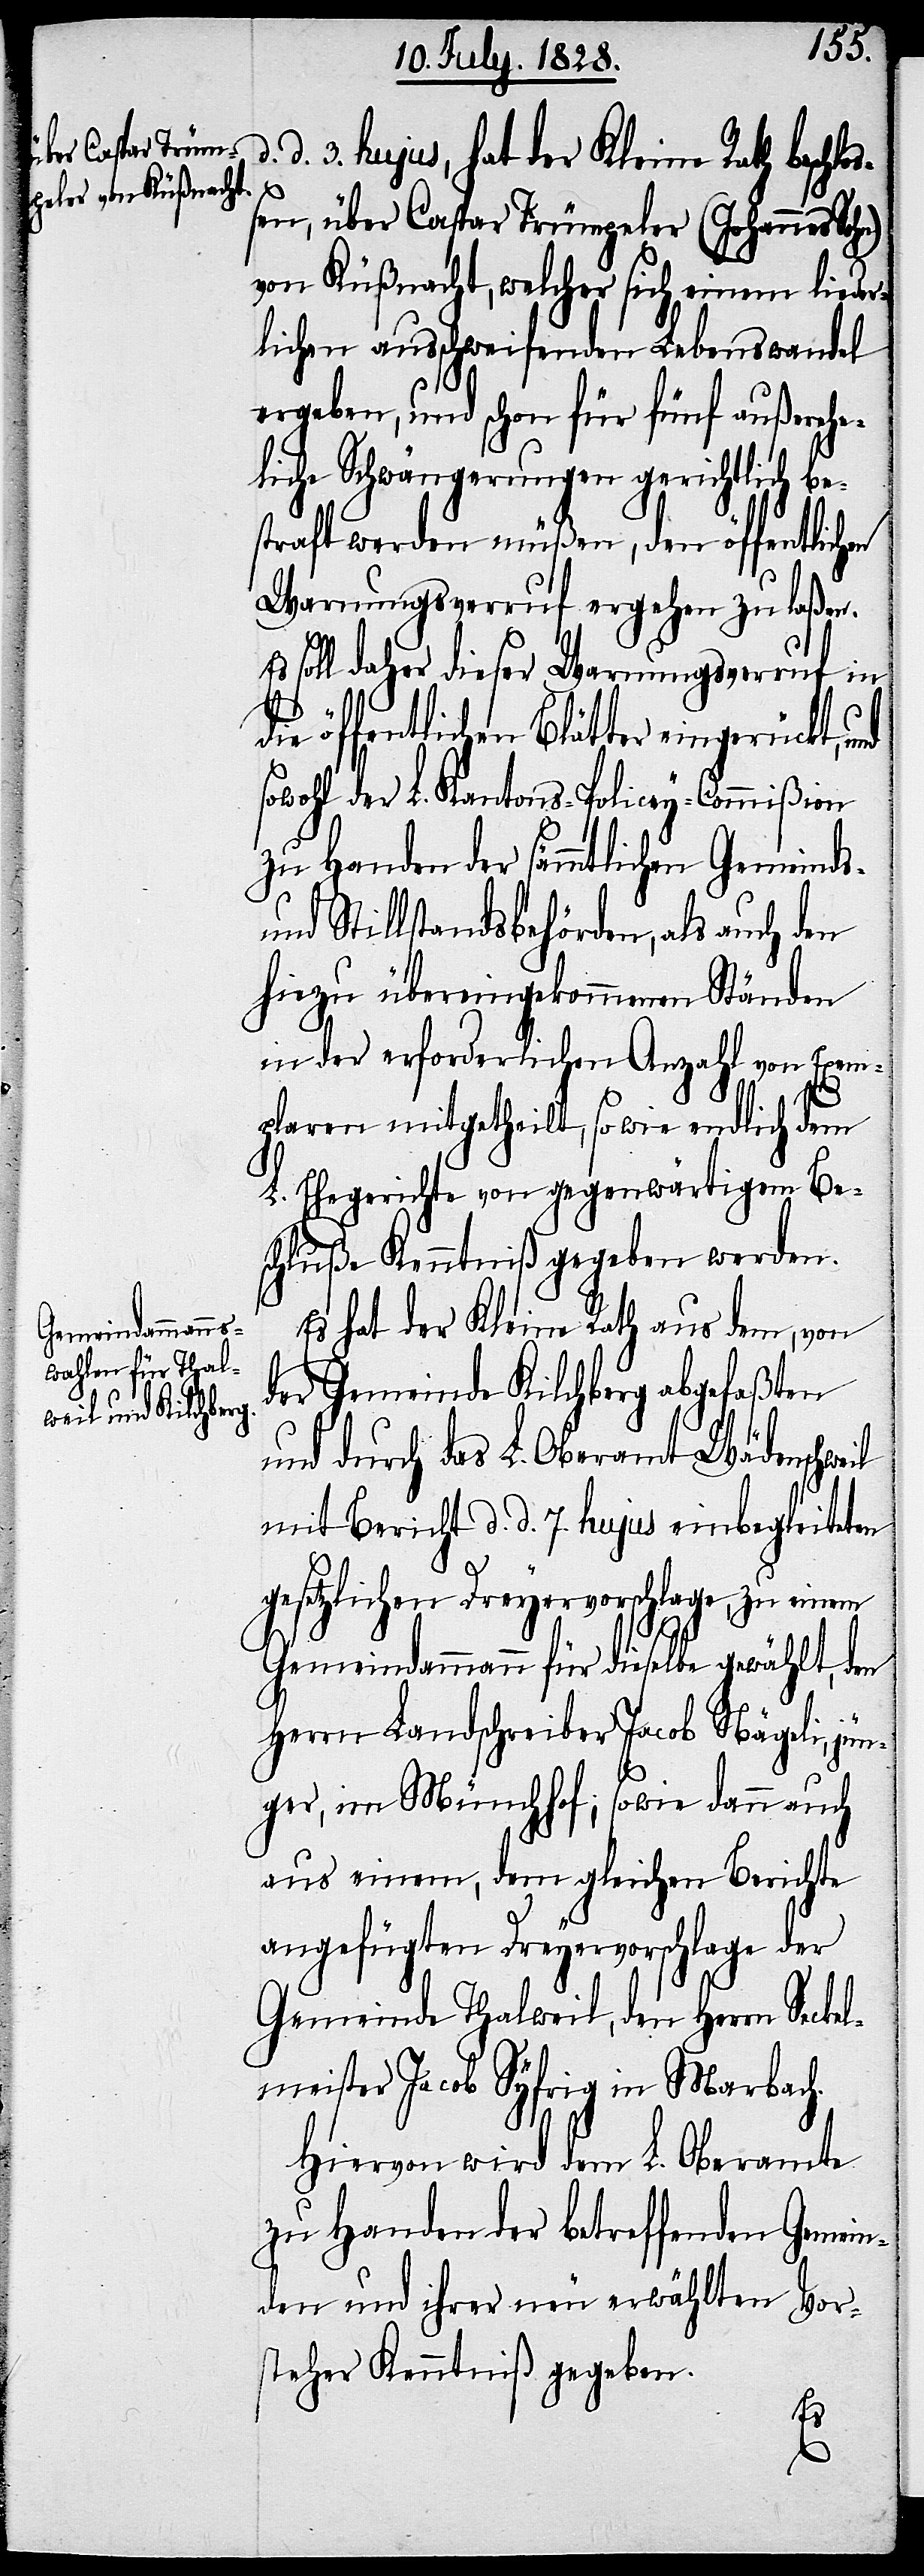
d. 3. hujus, hat der Kleine Rath beschl¬
o¬
ßen, über Caspar Trümpeler (Johannes Sohn)
von Küßnacht, welcher sich einem lieder¬
lichen ausschweifenden Lebenswandel
ergeben, und schon für fünf außerehe¬
liche Schwängerungen gerichtlich be¬
straft werden müßen, den öffentlichen
Warnungsverruf ergehen zu laßen.
Es soll daher dieser Warnungsverruf in
die öffentlichen Blätter eingerückt,
sowohl der L. Kantons-Policey-Commißion
zu Handen der sämmtlichen Gemeinds-
und Stillstandsbehörden, als auch den
hiezu übereingekommenen Ständen
in der erforderlichen Anzahl von Exem¬
plaren mitgetheilt, so wie endlich dem
L. Ehegerichte von gegenwärtigem Be¬
schluße Kenntniß gegeben werden.
Es hat der Kleine Rath aus dem, von
der Gemeinde Kilchberg abgefaßten
und durch das L. Oberamt Wädenschweil
mit Bericht d. d. 7. hujus einbegleiteten
gesetzlichen Dreyervorschlage, zu einem
Gemeindammann für dieselbe gewählt, den
Herrn Landschreiber Jacob Nägeli, jü¬
nger, im Münchhof; sowie dann auch
aus einem, dem gleichen Berichte
angefügten Dreyervorschlage der
Gemeinde Thalweil, den Herrn Seckel¬
meister Jacob Syfrig in Marbach.
Hiervon wird dem L. Oberamte
zu Handen der betreffenden Gemein¬
den und ihrer neu erwählten Vor¬
steher Kenntniß gegeben.
d.